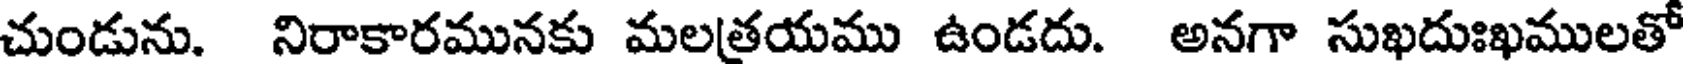
చుండును. నిరాకారమునకు మలత్రయము ఉండదు. అనగా సుఖదుఃఖములతో